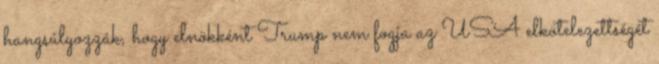
hangsúlyozzák, hogy elnökként Trump nem fogja az USA elkötelezettségét